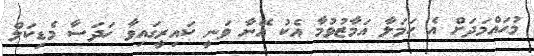
މުހައްމަދަށް އެ ހަމަލާ އަމާޒުވުމާ އެކު އޭނާ ވަނީ ކައިރީގައިވާ ހަދަސާ މެޑިކަލް